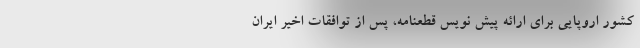
کشور اروپایی برای ارائه پیش نویس قطعنامه، پس از توافقات اخیر ایران